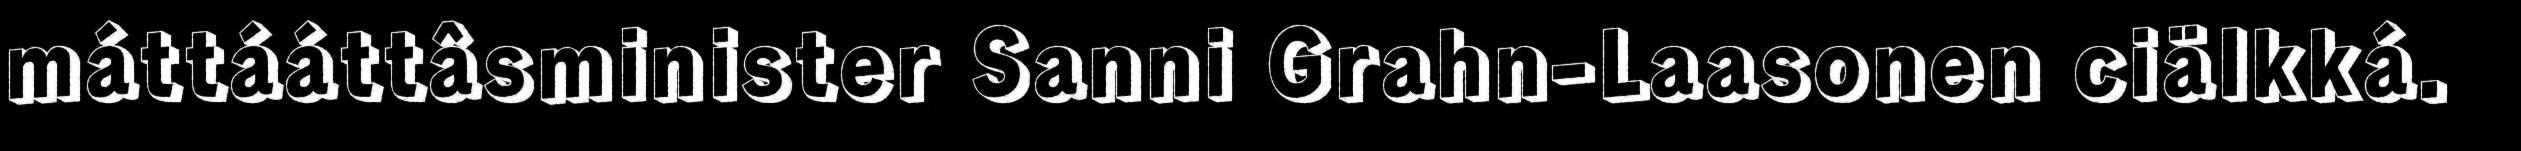
máttááttâsminister Sanni Grahn-Laasonen ciälkká.